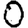
Digit: 0